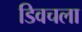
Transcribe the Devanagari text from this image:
डिवचला